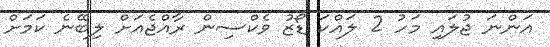
އަންނަ ޖުލައި މަހު 2 ލައްކަ ޑޯޒު ވެކްސިން ރާއްޖެއަށް ލިބޭނެ ކަމަށް